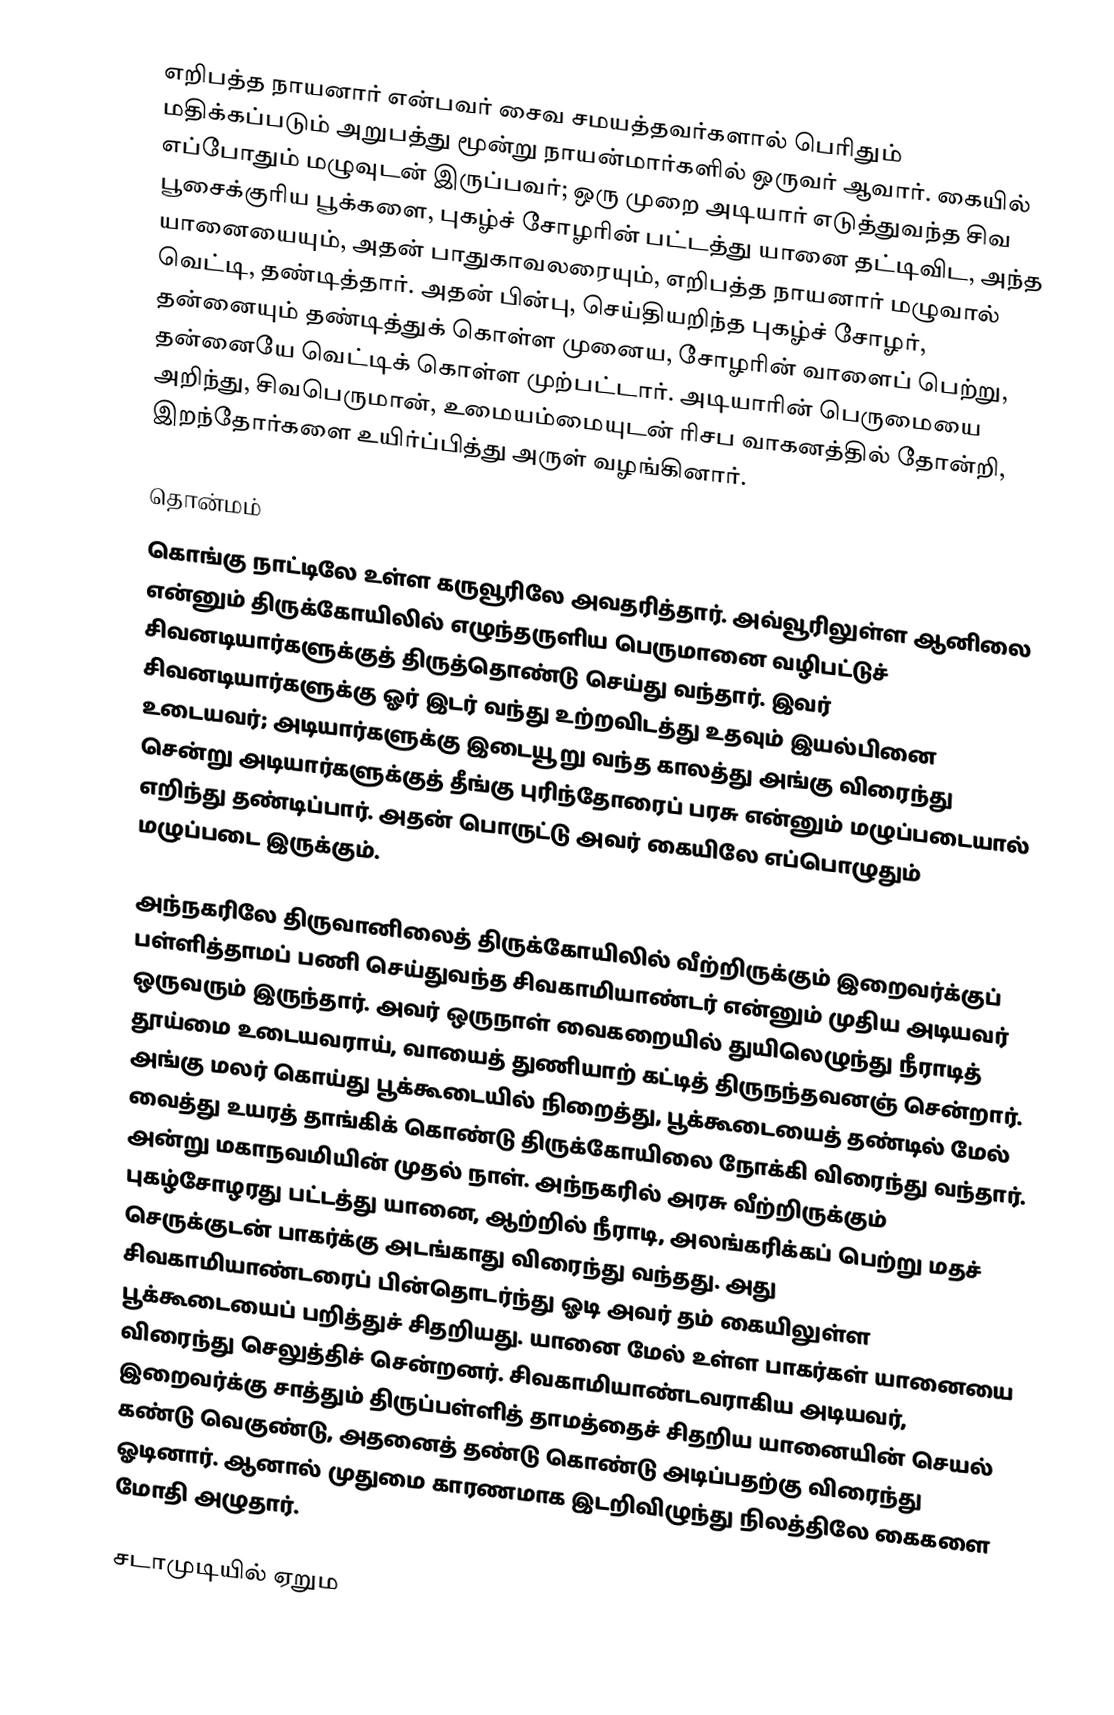
எறிபத்த நாயனார் என்பவர் சைவ சமயத்தவர்களால் பெரிதும் மதிக்கப்படும் அறுபத்து மூன்று நாயன்மார்களில் ஒருவர் ஆவார். கையில் எப்போதும் மழுவுடன் இருப்பவர்; ஒரு முறை அடியார் எடுத்துவந்த சிவ பூசைக்குரிய பூக்களை, புகழ்ச் சோழரின் பட்டத்து யானை தட்டிவிட, அந்த யானையையும், அதன் பாதுகாவலரையும், எறிபத்த நாயனார் மழுவால் வெட்டி, தண்டித்தார். அதன் பின்பு, செய்தியறிந்த புகழ்ச் சோழர், தன்னையும் தண்டித்துக் கொள்ள முனைய, சோழரின் வாளைப் பெற்று, தன்னையே வெட்டிக் கொள்ள முற்பட்டார். அடியாரின் பெருமையை அறிந்து, சிவபெருமான், உமையம்மையுடன் ரிசப வாகனத்தில் தோன்றி, இறந்தோர்களை உயிர்ப்பித்து அருள் வழங்கினார்.

தொன்மம்
கொங்கு நாட்டிலே உள்ள கருவூரிலே அவதரித்தார். அவ்வூரிலுள்ள ஆனிலை என்னும் திருக்கோயிலில் எழுந்தருளிய பெருமானை வழிபட்டுச் சிவனடியார்களுக்குத் திருத்தொண்டு செய்து வந்தார். இவர் சிவனடியார்களுக்கு ஓர் இடர் வந்து உற்றவிடத்து உதவும் இயல்பினை உடையவர்; அடியார்களுக்கு இடையூறு வந்த காலத்து அங்கு விரைந்து சென்று அடியார்களுக்குத் தீங்கு புரிந்தோரைப் பரசு என்னும் மழுப்படையால் எறிந்து தண்டிப்பார். அதன் பொருட்டு அவர் கையிலே எப்பொழுதும் மழுப்படை இருக்கும்.

அந்நகரிலே திருவானிலைத் திருக்கோயிலில் வீற்றிருக்கும் இறைவர்க்குப் பள்ளித்தாமப் பணி செய்துவந்த சிவகாமியாண்டர் என்னும் முதிய அடியவர் ஒருவரும் இருந்தார். அவர் ஒருநாள் வைகறையில் துயிலெழுந்து நீராடித் தூய்மை உடையவராய், வாயைத் துணியாற் கட்டித் திருநந்தவனஞ் சென்றார். அங்கு மலர் கொய்து பூக்கூடையில் நிறைத்து, பூக்கூடையைத் தண்டில் மேல் வைத்து உயரத் தாங்கிக் கொண்டு திருக்கோயிலை நோக்கி விரைந்து வந்தார். அன்று மகாநவமியின் முதல் நாள். அந்நகரில் அரசு வீற்றிருக்கும் புகழ்சோழரது பட்டத்து யானை, ஆற்றில் நீராடி, அலங்கரிக்கப் பெற்று மதச் செருக்குடன் பாகர்க்கு அடங்காது விரைந்து வந்தது. அது சிவகாமியாண்டரைப் பின்தொடர்ந்து ஓடி அவர் தம் கையிலுள்ள பூக்கூடையைப் பறித்துச் சிதறியது. யானை மேல் உள்ள பாகர்கள் யானையை விரைந்து செலுத்திச் சென்றனர். சிவகாமியாண்டவராகிய அடியவர், இறைவர்க்கு சாத்தும் திருப்பள்ளித் தாமத்தைச் சிதறிய யானையின் செயல் கண்டு வெகுண்டு, அதனைத் தண்டு கொண்டு அடிப்பதற்கு விரைந்து ஓடினார். ஆனால் முதுமை காரணமாக இடறிவிழுந்து நிலத்திலே கைகளை மோதி அழுதார்.

சடாமுடியில் ஏறும